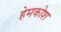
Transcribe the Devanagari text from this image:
हेमकोश